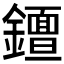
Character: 𨮮